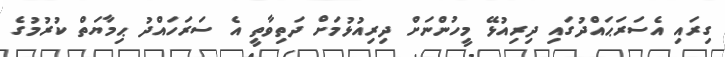
ގިރައި އެސަރަޙައްދުގައި ދިރިއުޅޭ މީހުންނަށް ދިރިއުޅުމަށް ދަތިވާތީ އެ ސަރަހައްދު ޙިމާޔަތް ކުރުމުގެ